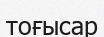
тоғысар